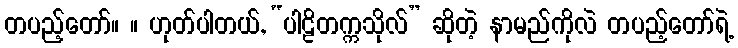
တပည့်တော်။ ။ ဟုတ်ပါတယ်, “ပါဠိတက္ကသိုလ်” ဆိုတဲ့ နာမည်ကိုလဲ တပည့်တော်ရဲ့